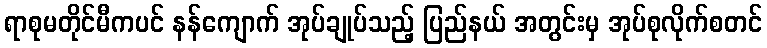
ရာစုမတိုင်မီကပင် နန်ကျောက် အုပ်ချုပ်သည့် ပြည်နယ် အတွင်းမှ အုပ်စုလိုက်စတင်